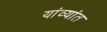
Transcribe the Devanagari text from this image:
यांव्यांत